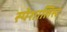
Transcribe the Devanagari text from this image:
स्पेशालिस्ट